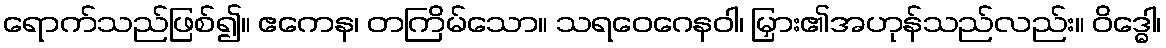
ရောက်သည်ဖြစ်၍။ ဧကေန၊ တကြိမ်သော။ သရဝေဂေနဝါ၊ မြှား၏အဟုန်သည်လည်း။ ဝိဒ္ဓေါ၊